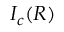
I _ { c } ( R )